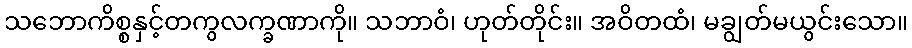
သဘောကိစ္စနှင့်တကွလက္ခဏာကို။ သဘာဝံ၊ ဟုတ်တိုင်း။ အဝိတထံ၊ မချွတ်မယွင်းသော။